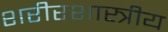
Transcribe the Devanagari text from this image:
शरीरशास्त्रीय